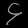
Digit: ၄